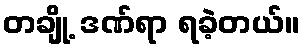
တချို့ ဒဏ်ရာ ရခဲ့တယ်။